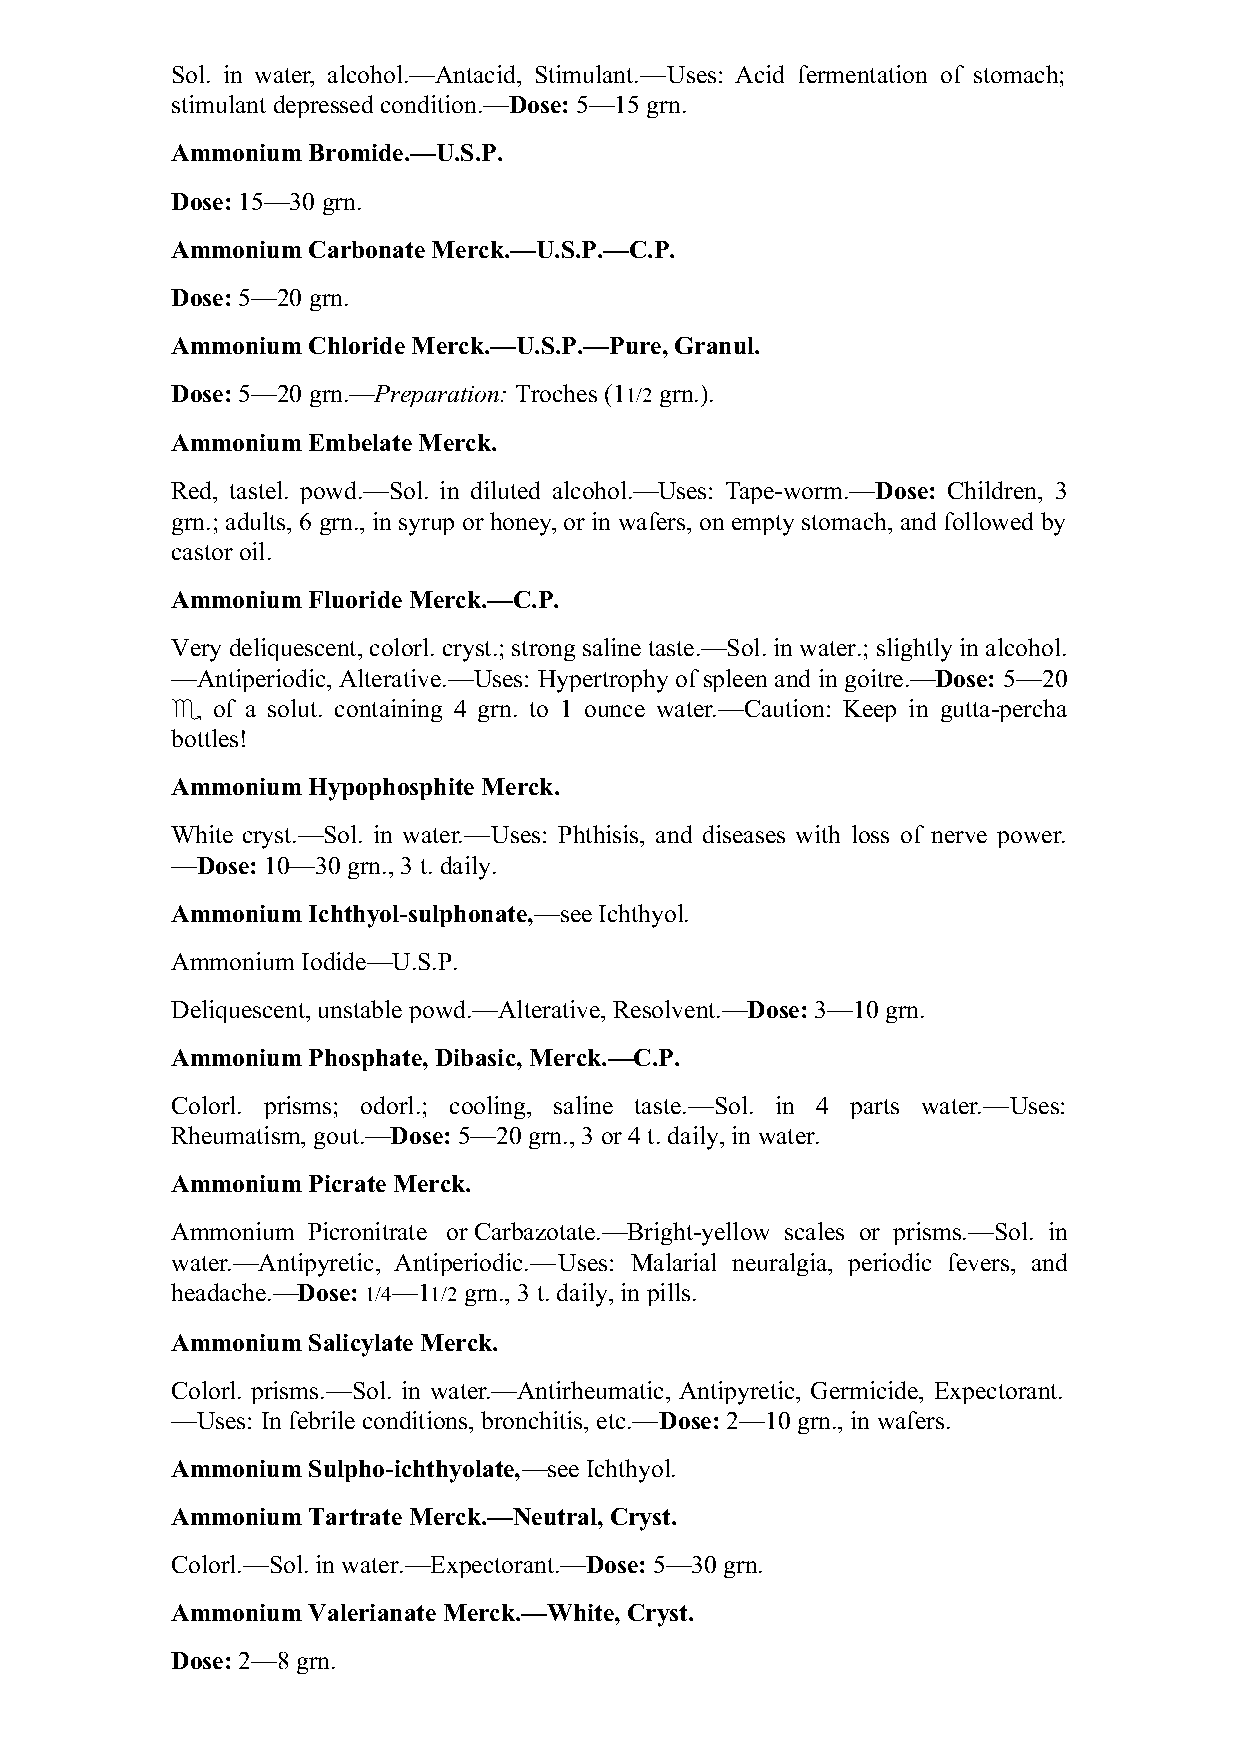
Sol. in water, alcohol.—Antacid, Stimulant.—Uses: Acid fermentation of stomach;
 stimulant depressed condition.—Dose: 5—15 grn.
 Ammonium Bromide.—U.S.P.
 Dose: 15—30 grn.
 Ammonium Carbonate Merck.—U.S.P.—C.P.
 Dose: 5—20 grn.
 Ammonium Chloride Merck.—U.S.P.—Pure, Granul.
 Dose: 5—20 grn.—Preparation: Troches (11/2 grn.).
 Ammonium Embelate Merck.
 Red, tastel. powd.—Sol. in diluted alcohol.—Uses: Tape-worm.—Dose: Children, 3
 grn.; adults, 6 grn., in syrup or honey, or in wafers, on empty stomach, and followed by
 castor oil.
 Ammonium Fluoride Merck.—C.P.
 Very deliquescent, colorl. cryst.; strong saline taste.—Sol. in water.; slightly in alcohol.
 —Antiperiodic, Alterative.—Uses: Hypertrophy of spleen and in goitre.—Dose: 5—20
 ♏  of a solut. containing 4 grn. to 1 ounce water.—Caution: Keep in gutta-percha
 bottles!
 Ammonium Hypophosphite Merck.
 White cryst.—Sol. in water.—Uses: Phthisis, and diseases with loss of nerve power.
 —Dose: 10—30 grn., 3 t. daily.
 Ammonium Ichthyol-sulphonate,—see Ichthyol.
 Ammonium Iodide—U.S.P.
 Deliquescent, unstable powd.—Alterative, Resolvent.—Dose: 3—10 grn.
 Ammonium Phosphate, Dibasic, Merck.—C.P.
 Colorl. prisms; odorl.; cooling, saline taste.—Sol. in 4 parts water.—Uses:
 Rheumatism, gout.—Dose: 5—20 grn., 3 or 4 t. daily, in water.
 Ammonium Picrate Merck.
 Ammonium Picronitrate or Carbazotate.—Bright-yellow scales or prisms.—Sol. in
 water.—Antipyretic, Antiperiodic.—Uses: Malarial neuralgia, periodic fevers, and
 headache.—Dose: 1/4—11/2 grn., 3 t. daily, in pills.
 Ammonium Salicylate Merck.
 Colorl. prisms.—Sol. in water.—Antirheumatic, Antipyretic, Germicide, Expectorant.
 —Uses: In febrile conditions, bronchitis, etc.—Dose: 2—10 grn., in wafers.
 Ammonium Sulpho-ichthyolate,—see Ichthyol.
 Ammonium Tartrate Merck.—Neutral, Cryst.
 Colorl.—Sol. in water.—Expectorant.—Dose: 5—30 grn.
 Ammonium Valerianate Merck.—White, Cryst.
 Dose: 2—8 grn.